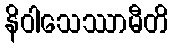
နိဝါသေဿာမီတိ